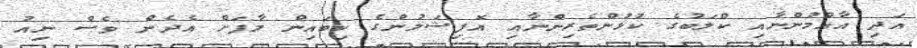
އަދި އާއްމުންނާއި ކްލަބުގެ ކުޅުންތެރިންނާއި އޮފިޝަލުންގެ ކިބައިން މާފަށް އެދެން ވެސް ނިއު